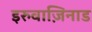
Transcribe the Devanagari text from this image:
इरुवाज़िनाड